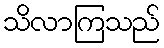
သိလာကြသည်